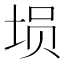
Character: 埙